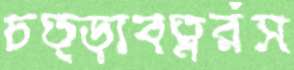
চত্ড়াবত্নরঁস